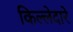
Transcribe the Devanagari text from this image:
किल्लेदारे